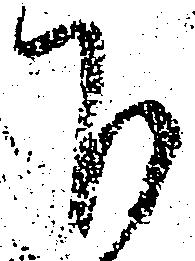
下